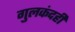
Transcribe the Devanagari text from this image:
गुलकंदही